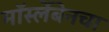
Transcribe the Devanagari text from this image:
मॉर्स्लेबेनचा